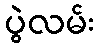
ပွဲလမ်း